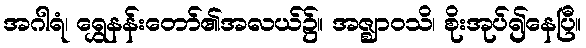
အဂါရံ၊ ရွှေနန်းတော်၏အလယ်၌။ အဇ္ဈာဝသိ၊ စိုးအုပ်၍နေပြီ။